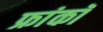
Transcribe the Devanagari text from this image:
फ्रांकॉ